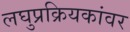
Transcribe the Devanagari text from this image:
लघुप्रक्रियकांवर